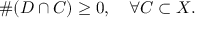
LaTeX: \# ( D \cap C ) \geq 0 , \quad \forall C \subset X .